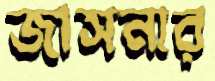
জাসনার